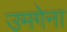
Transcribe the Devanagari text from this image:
उमगेना